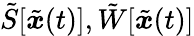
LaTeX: \tilde{S}[\tilde{{\boldsymbol{x}}}(t)],\tilde{W}[\tilde{{\boldsymbol{x}}}(t)]